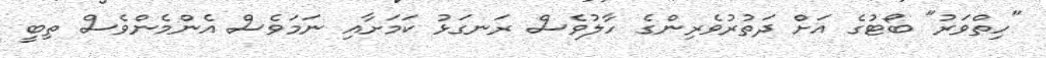
"ހިތްވަރު" ބޯޓުގެ އަށް ދަތުރުވެރިންގެ ހާލުވެސް ރަނގަޅު ކަމަށާއި ނަމަވެސް އެންމެންވެސް ތިބީ